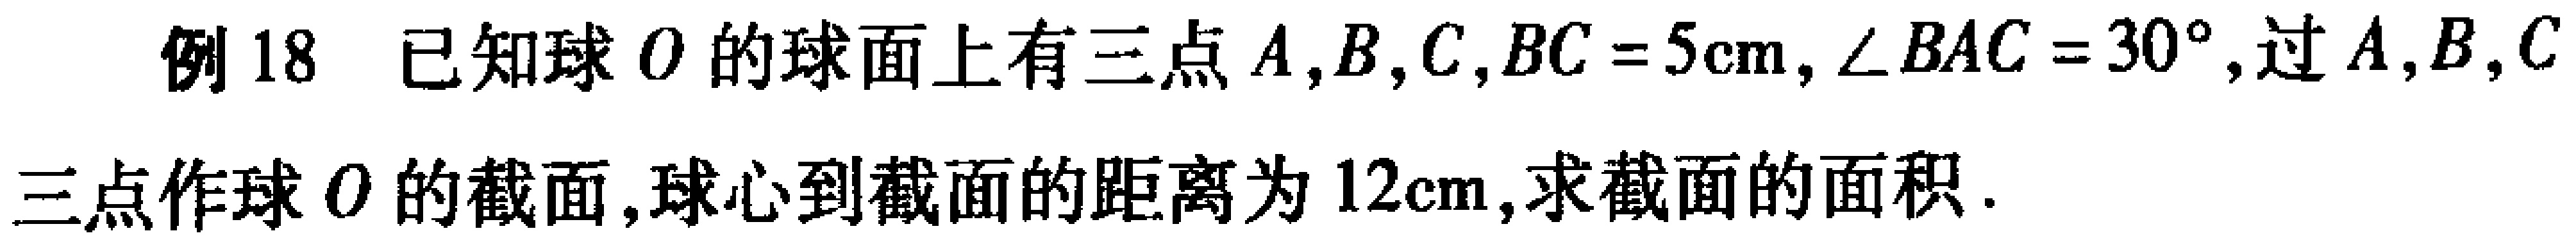
例18 已知球\(O\)的球面上有三点\(A,B,C\)，\(BC = 5\text{cm}\)，\(\angle BAC = 30^{\circ}\)，过\(A,B,C\)三点作球\(O\)的截面，球心到截面的距离为\(12\text{cm}\)，求截面的面积.